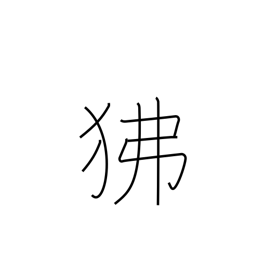
Meaning: baboon